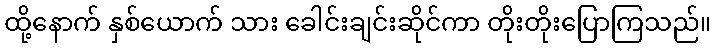
ထို့နောက် နှစ်ယောက် သား ခေါင်းချင်းဆိုင်ကာ တိုးတိုးပြောကြသည်။